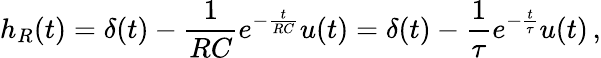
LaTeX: h_{R}(t)=\delta(t)-{\frac{1}{RC}}e^{-{\frac{t}{RC}}}u(t)=\delta(t)-{\frac{1}{\tau}}e^{-{\frac{t}{\tau}}}u(t)\, ,